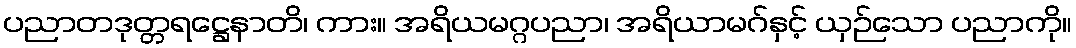
ပညာတဒုတ္တရဋ္ဌေနာတိ၊ ကား။ အရိယမဂ္ဂပညာ၊ အရိယာမဂ်နှင့် ယှဉ်သော ပညာကို။